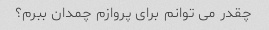
چقدر می توانم برای پروازم چمدان ببرم؟